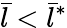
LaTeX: \bar{l}<\bar{l}^{*}